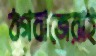
ঠগবাজেরাই